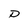
Character: D